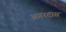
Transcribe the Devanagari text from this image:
अगरदास